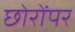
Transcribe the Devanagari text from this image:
छोरोंपर